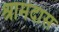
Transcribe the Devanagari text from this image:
श्रामदास